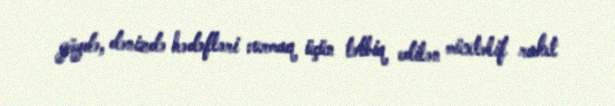
göydə, dənizdə hədəfləri vurmaq üçün tətbiq edilən müxtəlif raket